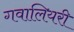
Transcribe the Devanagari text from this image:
गवालियरी